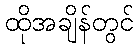
ထိုအချိန်တွင်